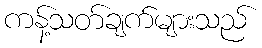
ကန့်သတ်ချက်များသည်